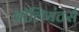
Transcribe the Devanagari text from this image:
वॉलियंटर्स